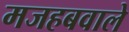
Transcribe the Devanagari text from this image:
मजहबवाले